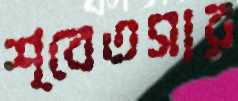
শ্বেতসার